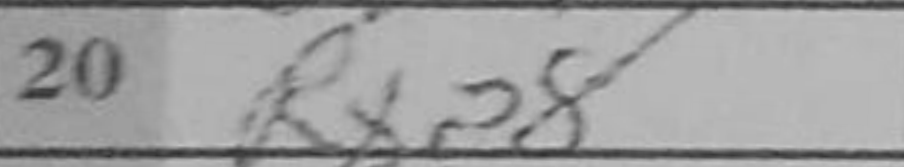
Transcription: Rxa8